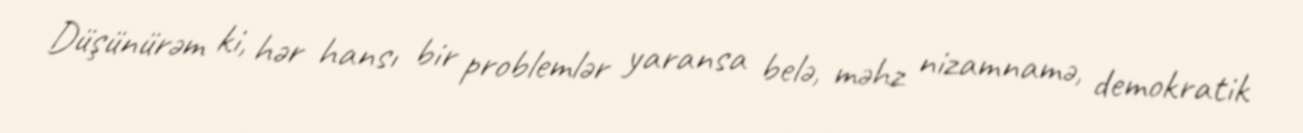
Düşünürəm ki, hər hansı bir problemlər yaransa belə, məhz nizamnamə, demokratik